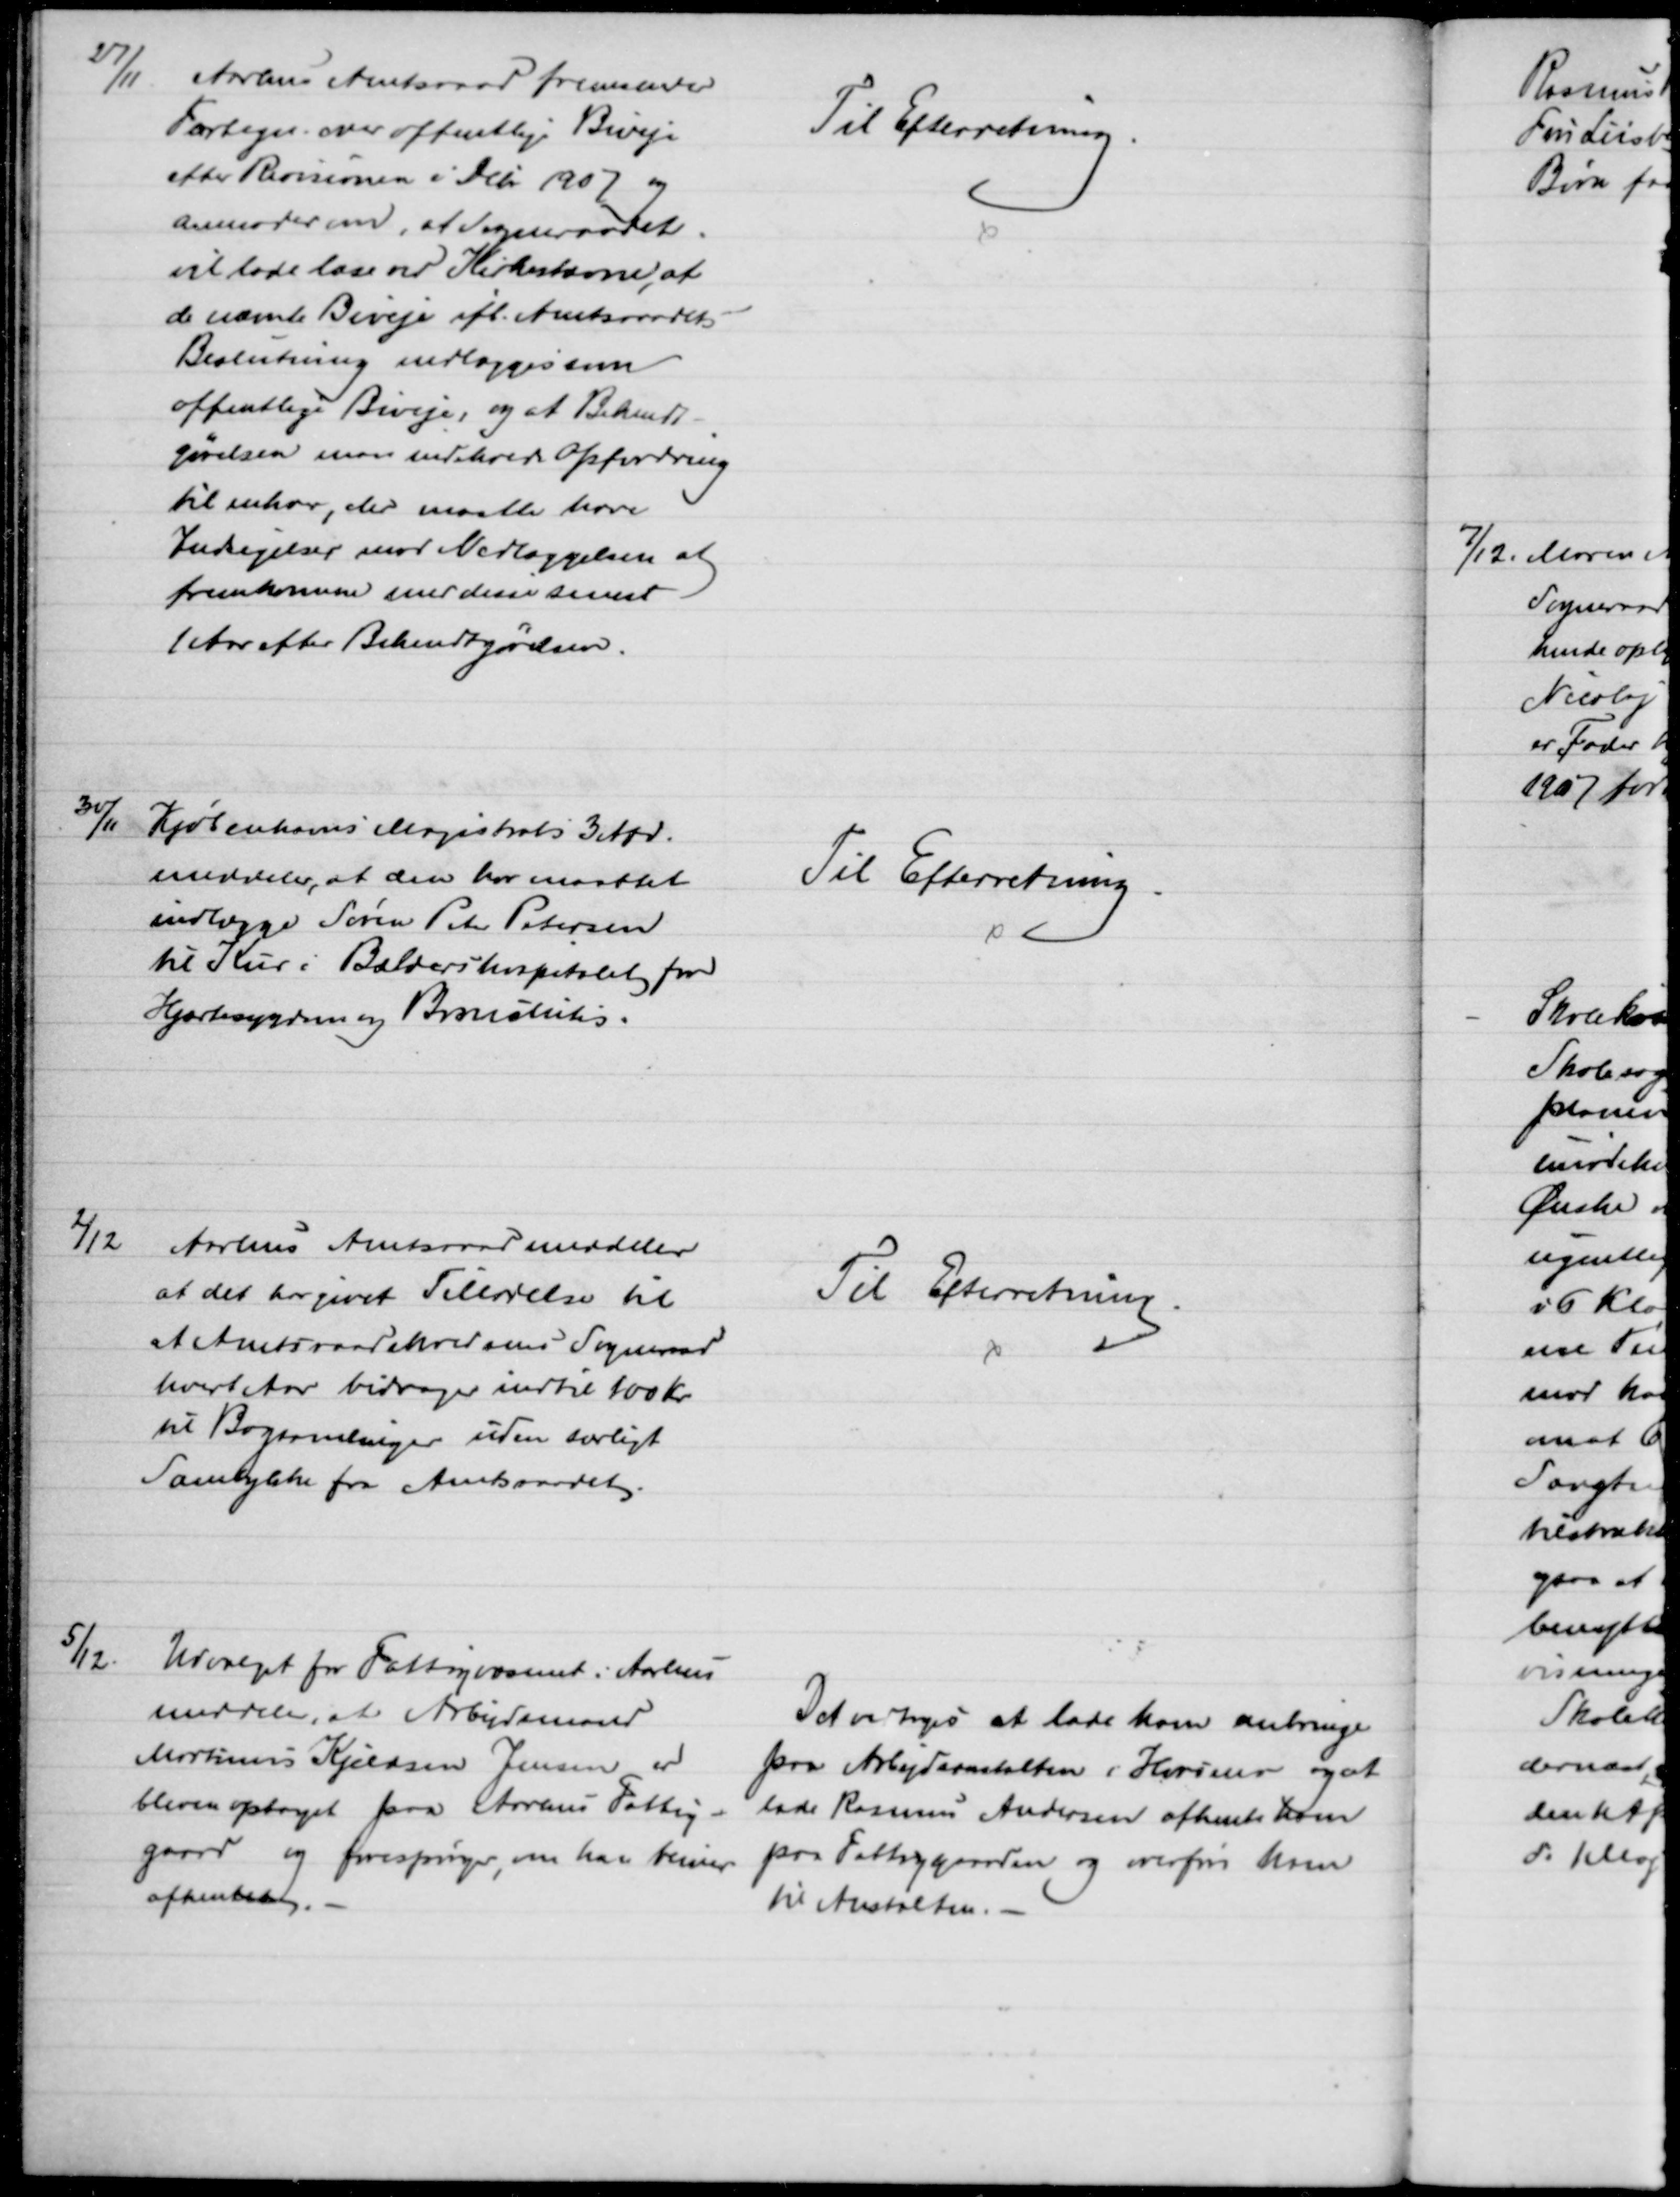
Transskription:
27/11 
Aarhus Amtsraad fremsender
Fortegn. over offentlige Biveje
efter Revisionen i Debr 1907 og
anmoder om, at Sogneraadet
vil lade læse ved Kirkestævne, at 
de nævnte Biveje ifl. Amtsraadets 
Beslutning nedlægges som
offentlige Biveje, og at Bekendt-
gørelsen maa indeholde Opfordring
til enhver, der maatte have
Indsigelser mod Nedlæggelsen at 
fremkomme med disse senest
1 Aar efter Bekendtgørelsen.
Til Efterretning
30/11
Kjøbenhavns Magistrats 3 Afd.
meddeler, at den har maattet
indlægge Søren Peter Petersen
til Kur i Baldershospitalet for
Hjærtesygdom og Bronchitis.
Til Efterretning
2/12
Aarhus Amtsraad meddeler
at det har givet Tilladelse til 
at Amtsraadskredsens Sogneraad
hvert Aar bidrager indtil 100 Kr.
til Bogsamlinger uden særligt
Samtykke fra Amtsraadet.
Til Efterretning.
5/12.
Udvalget for Fattigvæsenet i Aarhus
meddeler, at Arbejdsmand
Martinus Kjeldsen Jensen er
bleven optaget paa Aarhus Fattig-
gaard og forespørger, om han bliver
afhentet. 
Det vedtoges at lade ham anbringe
paa Arbejdsanstalten i Horsens og at
lade Rasmus Andersen afhente ham
paa Fattiggaarden og overføre ham
til Anstalten.